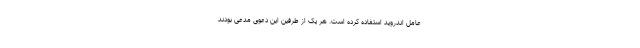
عامل اندروید استفاده کرده است. هر یک از طرفین این دعوی مدعی بودند